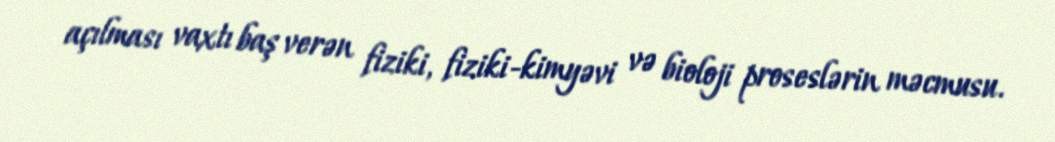
açılması vaxtı baş verən fiziki, fiziki-kimyəvi və bioloji proseslərin məcmusu.